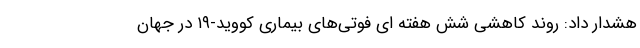
هشدار داد: روند کاهشی شش هفته ای فوتی‌های بیماری کووید-۱۹ در جهان